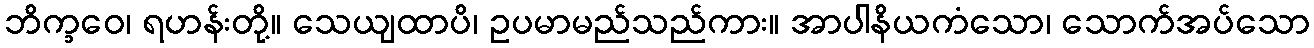
ဘိက္ခဝေ၊ ရဟန်းတို့။ သေယျထာပိ၊ ဥပမာမည်သည်ကား။ အာပါနိယကံသော၊ သောက်အပ်သော